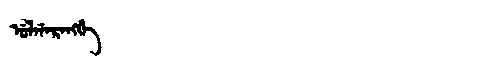
Manchu: ᡠᠯᡤᠠᡵᠠᠩᡤᡝ
Romanization: ULGARANGGE